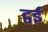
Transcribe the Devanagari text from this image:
द्वई